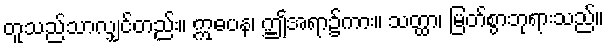
တူသည်သာလျှင်တည်း။ ဣဓပန၊ ဤအရာ၌ကား။ သတ္ထာ၊ မြတ်စွာဘုရားသည်။